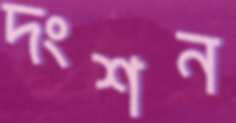
দংশন